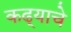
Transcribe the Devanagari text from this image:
कढ्याचे